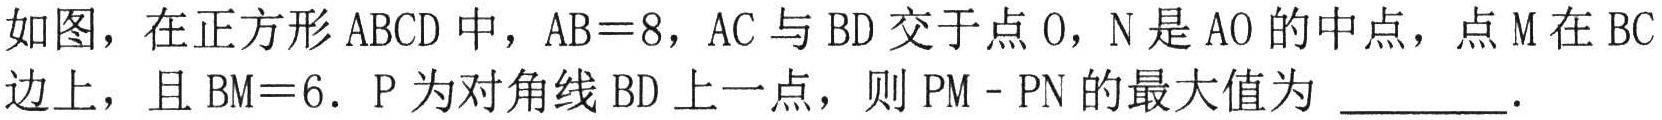
如图，在正方形\(ABCD\)中，\(AB = 8\)，\(AC\)与\(BD\)交于点\(O\)，\(N\)是\(AO\)的中点，点\(M\)在\(BC\)边上，且\(BM = 6\)．\(P\)为对角线\(BD\)上一点，则\(PM - PN\)的最大值为 \_\_\_\_\_．